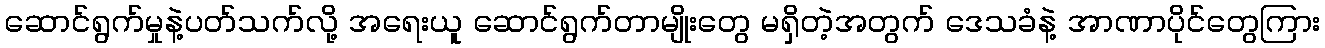
ဆောင်ရွက်မှုနဲ့ပတ်သက်လို့ အရေးယူ ဆောင်ရွက်တာမျိုးတွေ မရှိတဲ့အတွက် ဒေသခံနဲ့ အာဏာပိုင်တွေကြား